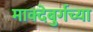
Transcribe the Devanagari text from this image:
माक्देबुर्गच्या